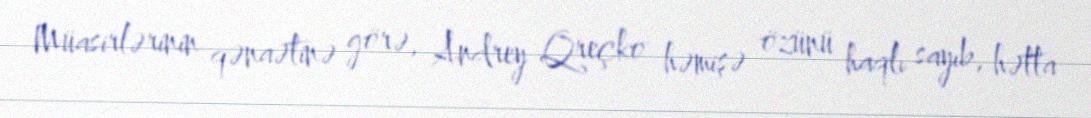
Müasirlərinin qənaətinə görə, Andrey Qreçko həmişə özünü haqlı sayıb, hətta